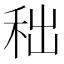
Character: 𥞃